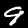
Label: 9